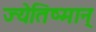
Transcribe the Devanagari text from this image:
ज्येतिष्मान्